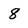
Character: 8